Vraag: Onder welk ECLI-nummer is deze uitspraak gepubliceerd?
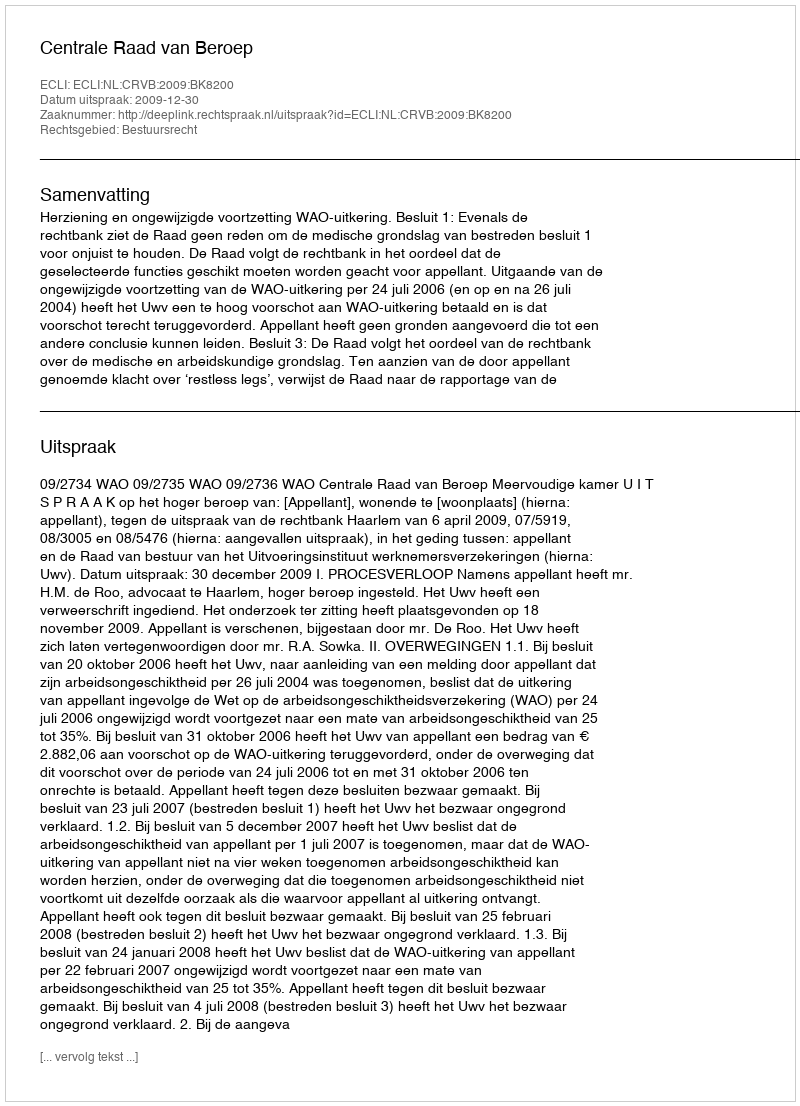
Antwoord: ECLI:NL:CRVB:2009:BK8200